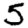
Digit: 5